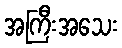
အကြီးအသေး